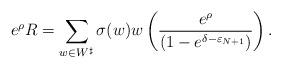
LaTeX: \begin{align*}e^\rho R = \sum_{w\in W^\sharp}\sigma(w) w\left( \frac{e^\rho}{\left(1-e^{\delta-\varepsilon_{N+1}}\right)}\right).\end{align*}